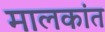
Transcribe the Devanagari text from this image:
मालकांत